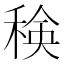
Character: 𮃍